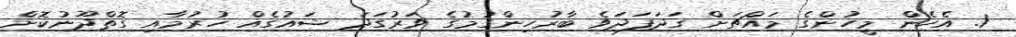
1. އެހެން މީހުންގެ މައްޗަށް ގަދަފަދަވެ ބާރުހިންގުމުގެ ވަރުގަދަ ޝައުގެއް ހުރުމާއި ގޮތްދޫނުކޮށް